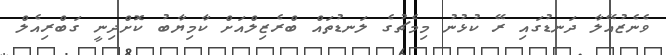
ވެނެޒުއޭލާ ދަނޑުގައި ރޭ ކުޅުނު މިމެޗުގެ ލަނޑުތައް ބްރެޒިލްއަށް ކާމިޔާބު ކޮށްދިނީ ގަބްރިއެލް